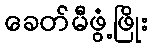
ခေတ်မီဖွံ့ဖြိုး